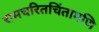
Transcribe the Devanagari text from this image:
रामचरितचिंतामणि